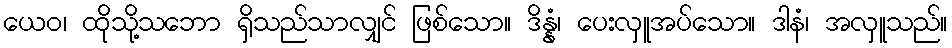
ယေဝ၊ ထိုသို့သဘော ရှိသည်သာလျှင် ဖြစ်သော။ ဒိန္နံ၊ ပေးလှူအပ်သော။ ဒါနံ၊ အလှူသည်။